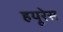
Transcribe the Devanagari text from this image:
हयूरेस